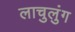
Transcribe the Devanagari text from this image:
लाचुलुंग